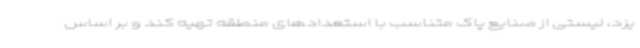
یزد، لیستی از صنایع پاک متناسب با استعدادهای منطقه تهیه کند و بر اساس